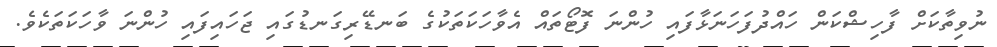
ނުވިތާކަށް ފާހިޝްކަން ހައްދުފަހަނަޅާފައި ހުންނަ ފޮޓޯތައް އެވާހަކަތަކުގެ ބަނޑޭރިގަނޑުގައި ޖަހައިފައި ހުންނަ ވާހަކަތަކެވެ.